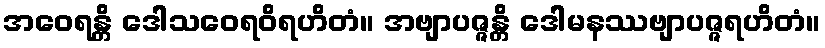
အဝေရန္တိ ဒေါသဝေရဝိရဟိတံ။ အဗျာပဇ္ဇန္တိ ဒေါမနဿဗျာပဇ္ဇရဟိတံ။